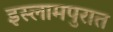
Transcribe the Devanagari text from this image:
इस्लामपुरात